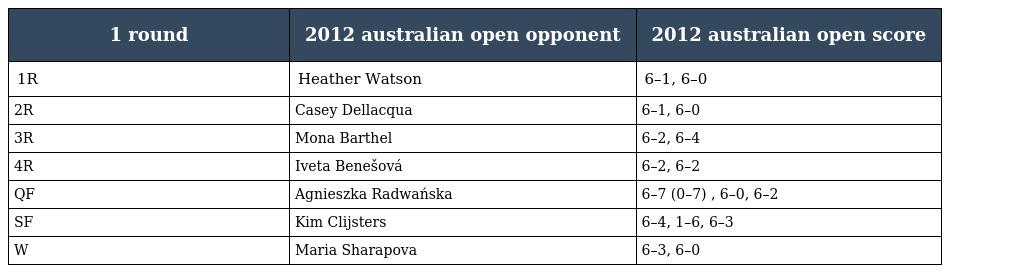
| 1 round | 2012 australian open opponent | 2012 australian open score |
 | --- | --- | --- |
 | 1R | Heather Watson | 6–1, 6–0 |
 | 2R | Casey Dellacqua | 6–1, 6–0 |
 | 3R | Mona Barthel | 6–2, 6–4 |
 | 4R | Iveta Benešová | 6–2, 6–2 |
 | QF | Agnieszka Radwańska | 6–7 (0–7) , 6–0, 6–2 |
 | SF | Kim Clijsters | 6–4, 1–6, 6–3 |
 | W | Maria Sharapova | 6–3, 6–0 |